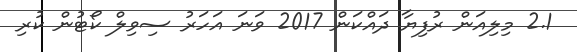
2.1 މިލިއަން ރުފިޔާ ދައްކަން 2017 ވަނަ އަހަރު ސިވިލް ކޯޓުން ކުރި